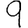
Digit: 9